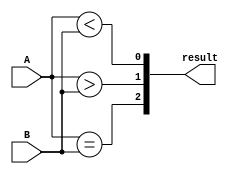
module comparator(input [3:0] A, B, output [2:0] result);

  wire eq, gt, lt;
  
  assign eq = (A == B);
  assign gt = (A > B);
  assign lt = (A < B);
  
  assign result = {eq, gt, lt};
  
endmodule